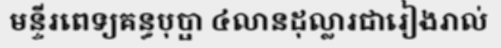
មន្ទីរពេទ្យគន្ធបុប្ផា ៤លានដុល្លារជារៀងរាល់